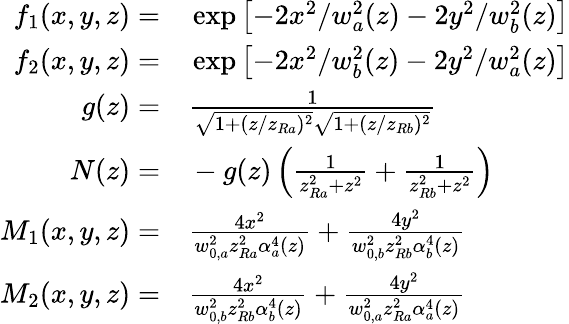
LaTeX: \begin{array}{rl}{f_{1}(x,y,z)=}&{{}\exp\left[-2x^{2}/w_{a}^{2}(z)-2y^{2}/w_{b}^{2}(z)\right]}\\ {f_{2}(x,y,z)=}&{{}\exp\left[-2x^{2}/w_{b}^{2}(z)-2y^{2}/w_{a}^{2}(z)\right]}\\ {g(z)=}&{{}\frac{1}{\sqrt{1+(z/z_{Ra})^{2}}\sqrt{1+(z/z_{Rb})^{2}}}}\\ {N(z)=}&{{}-g(z)\left(\frac{1}{z_{Ra}^{2}+z^{2}}+\frac{1}{z_{Rb}^{2}+z^{2}}\right)}\\ {M_{1}(x,y,z)=}&{{}\frac{4x^{2}}{w_{0,a}^{2}z_{Ra}^{2}\alpha_{a}^{4}(z)}+\frac{4y^{2}}{w_{0,b}^{2}z_{Rb}^{2}\alpha_{b}^{4}(z)}}\\ {M_{2}(x,y,z)=}&{{}\frac{4x^{2}}{w_{0,b}^{2}z_{Rb}^{2}\alpha_{b}^{4}(z)}+\frac{4y^{2}}{w_{0,a}^{2}z_{Ra}^{2}\alpha_{a}^{4}(z)}}\end{array}